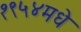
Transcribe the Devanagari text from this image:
१९५४मधे